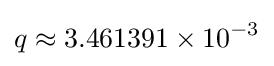
q\approx 3.461391\times 10^{-3}